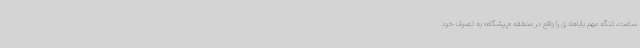
ساعت‌، تنگه‌ مهم‌ باباهادی‌ را واقع در منطقه «پیشگاه‌» به تصرف خود